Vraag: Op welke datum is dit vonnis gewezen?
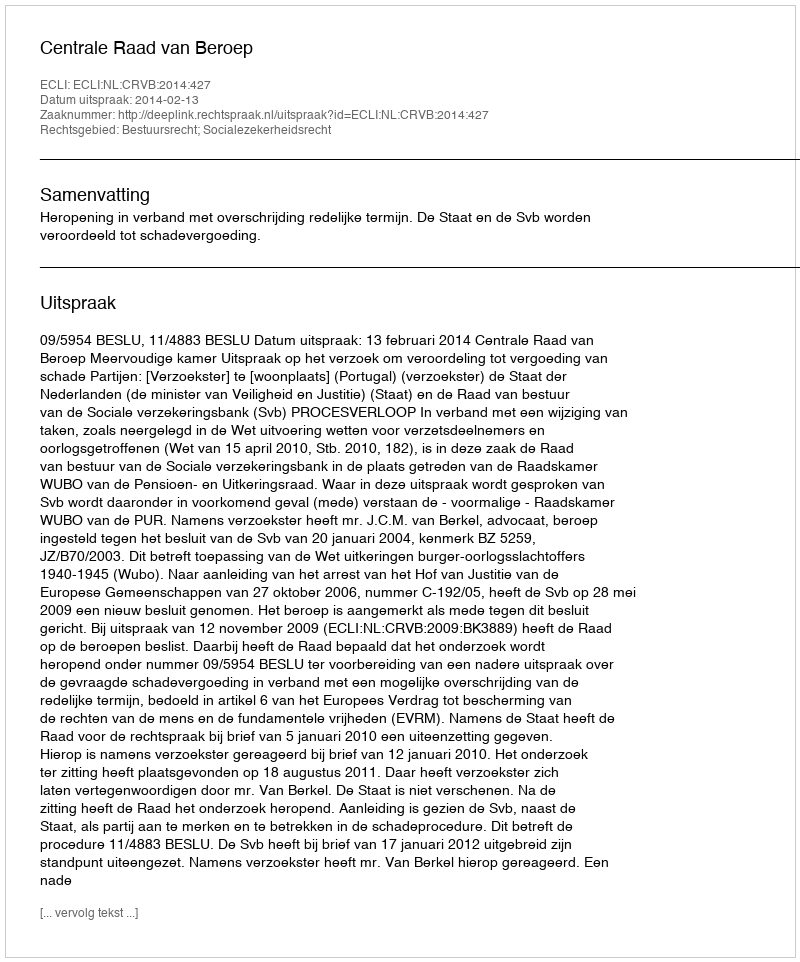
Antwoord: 2014-02-13